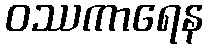
ဝဿကာရေန